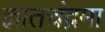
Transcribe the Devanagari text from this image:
ज्ञातचंद्रमा